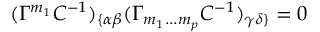
( \Gamma ^ { { m } _ { { 1 } } } C ^ { - { 1 } } ) _ { \{ \alpha \beta } ( \Gamma _ { { m } _ { { 1 } } { \bf . . . } { m } _ { { p } } } C ^ { - { 1 } } ) _ { \gamma \delta \} } = 0